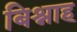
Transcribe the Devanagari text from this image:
बिश्नाह